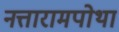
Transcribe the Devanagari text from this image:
नत्तारामपोथा